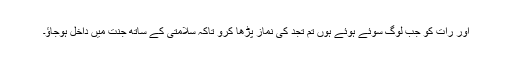
اور رات کو جب لوگ سوئے ہوئے ہوں تم تجد کی نماز پڑھا کرو تاکہ سلامتی کے ساتھ جنت میں داخل ہوجاؤ۔